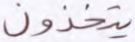
يتخذون